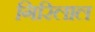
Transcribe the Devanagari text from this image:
गिरिलाल